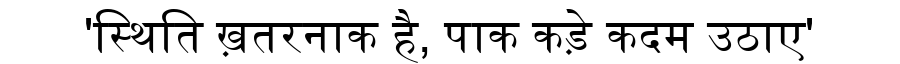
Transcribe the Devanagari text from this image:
'स्थिति ख़तरनाक है, पाक कड़े कदम उठाए'